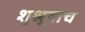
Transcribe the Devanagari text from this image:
शुश्रूषाच